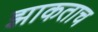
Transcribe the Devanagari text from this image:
झाकताच